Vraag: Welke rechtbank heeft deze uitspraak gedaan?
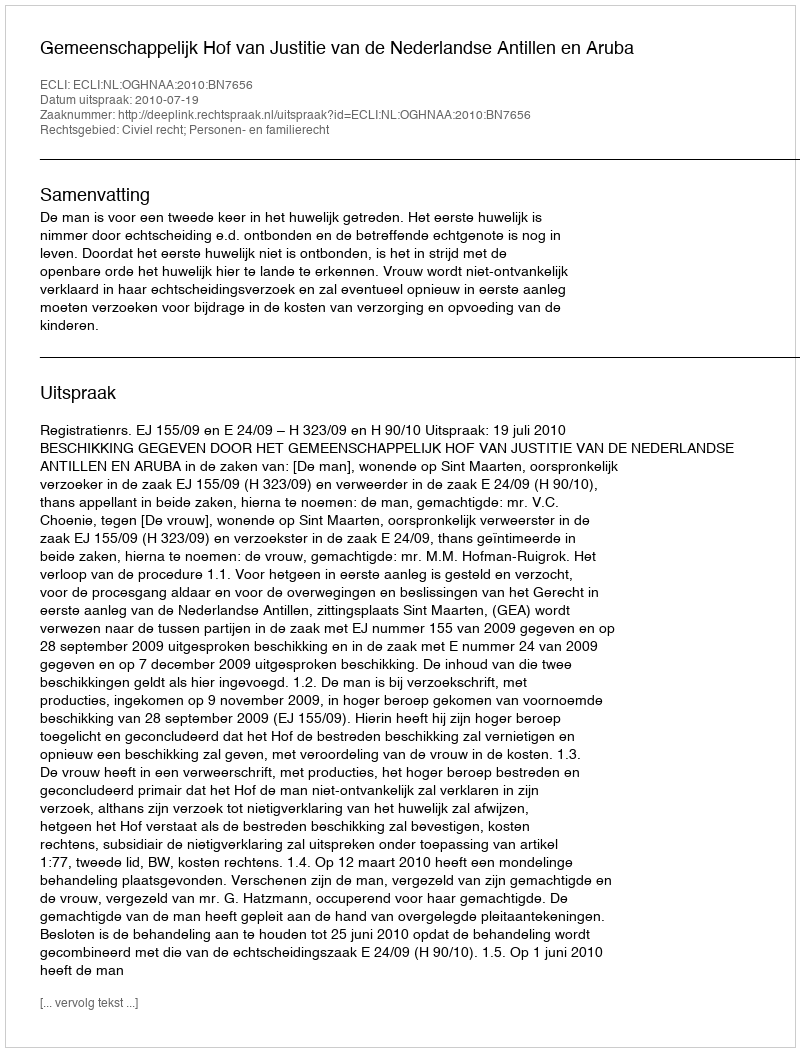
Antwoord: Gemeenschappelijk Hof van Justitie van de Nederlandse Antillen en Aruba